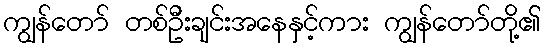
ကျွန်တော် တစ်ဦးချင်းအနေနှင့်ကား ကျွန်တော်တို့၏